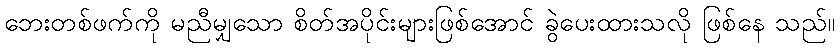
ဘေးတစ်ဖက်ကို မညီမျှသော စိတ်အပိုင်းများဖြစ်အောင် ခွဲပေးထားသလို ဖြစ်နေ သည်။